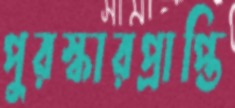
পুরস্কারপ্রাপ্তি